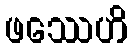
ဖဿေဟိ